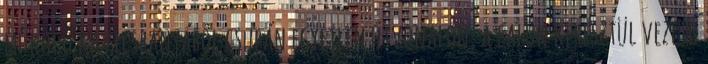
működő kavicsbányából csupán egyetlen útvonalon, a falun keresztül vezető